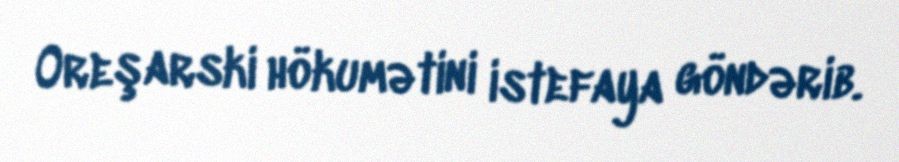
Oreşarski hökumətini istefaya göndərib.